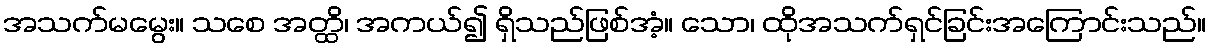
အသက်မမွေး။ သစေ အတ္ထိ၊ အကယ်၍ ရှိသည်ဖြစ်အံ့။ သော၊ ထိုအသက်ရှင်ခြင်းအကြောင်းသည်။